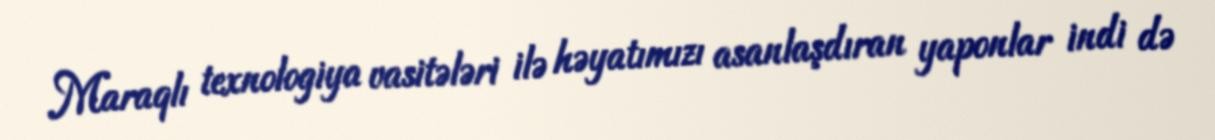
Maraqlı texnologiya vasitələri ilə həyatımızı asanlaşdıran yaponlar indi də